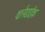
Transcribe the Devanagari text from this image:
थार्नडाईक